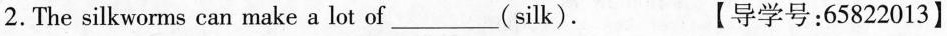
2.The silkworms can make a lot of___(silk). 【导学号:65822013】